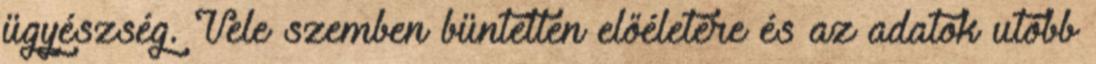
ügyészség. Vele szemben büntetlen előéletére és az adatok utóbb